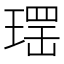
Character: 𱯕